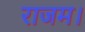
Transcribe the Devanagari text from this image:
राजम।